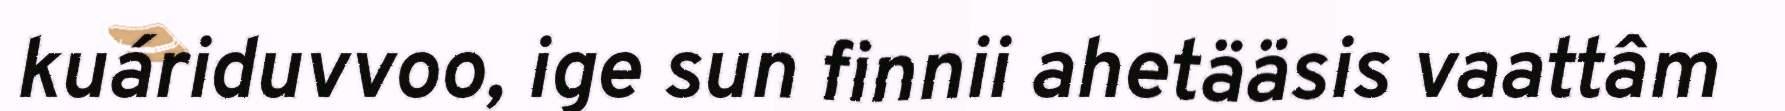
kuáriduvvoo, ige sun finnii ahetääsis vaattâm